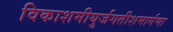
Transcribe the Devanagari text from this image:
विकाशमीयुर्जगतीशमार्गणा